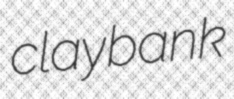
claybank